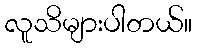
လူသိများပါတယ်။